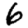
Digit: 6